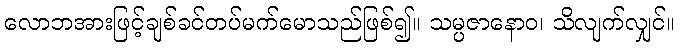
လောဘအားဖြင့်ချစ်ခင်တပ်မက်မောသည်ဖြစ်၍။ သမ္ပဇာနောဝ၊ သိလျက်လျှင်။